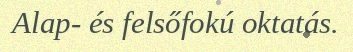
Alap- és felsőfokú oktatás.